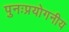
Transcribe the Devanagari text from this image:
पुनःप्रयोगनीय